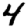
Digit: 4